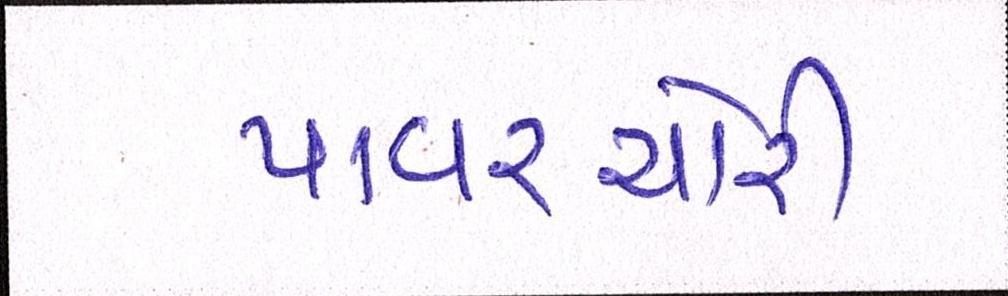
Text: પાવરચોરી